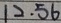
1 2 . 5 6